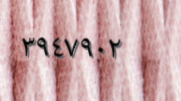
٣٩٤٧٩٠٢